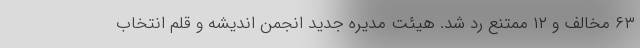
۶۳ مخالف و ۱۲ ممتنع رد شد. هیئت مدیره جدید انجمن اندیشه و قلم انتخاب